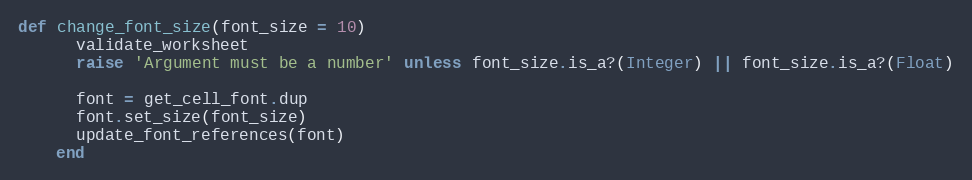
Language: Ruby
def change_font_size(font_size = 10)
      validate_worksheet
      raise 'Argument must be a number' unless font_size.is_a?(Integer) || font_size.is_a?(Float)

      font = get_cell_font.dup
      font.set_size(font_size)
      update_font_references(font)
    end